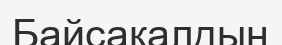
Байсақалдың